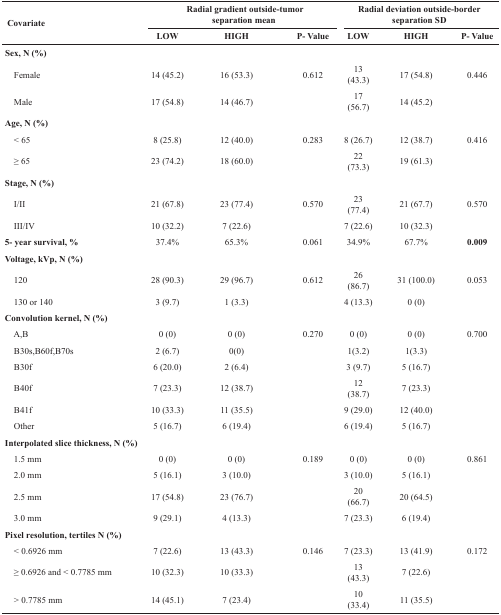
<table><thead><tr><td rowspan="2"><b>Covariate</b></td><td colspan="3"><b>Radial gradient outside-tumor separation mean</b></td><td colspan="3"><b>Radial deviation outside-border separation SD</b></td></tr><tr><td><b>LOW</b></td><td><b>HIGH</b></td><td><b>P- Value</b></td><td><b>LOW</b></td><td><b>HIGH</b></td><td><b>P- Value</b></td></tr></thead><tbody><tr><td><b>Sex, N (%)</b></td><td></td><td></td><td></td><td></td><td></td><td></td></tr><tr><td> Female</td><td>14 (45.2)</td><td>16 (53.3)</td><td>0.612</td><td>13 (43.3)</td><td>17 (54.8)</td><td>0.446</td></tr><tr><td> Male</td><td>17 (54.8)</td><td>14 (46.7)</td><td></td><td>17 (56.7)</td><td>14 (45.2)</td><td></td></tr><tr><td><b>Age, N (%)</b></td><td></td><td></td><td></td><td></td><td></td><td></td></tr><tr><td> &lt; 65</td><td>8 (25.8)</td><td>12 (40.0)</td><td>0.283</td><td>8 (26.7)</td><td>12 (38.7)</td><td>0.416</td></tr><tr><td> ≥ 65</td><td>23 (74.2)</td><td>18 (60.0)</td><td></td><td>22 (73.3)</td><td>19 (61.3)</td><td></td></tr><tr><td><b>Stage, N (%)</b></td><td></td><td></td><td></td><td></td><td></td><td></td></tr><tr><td> I/II</td><td>21 (67.8)</td><td>23 (77.4)</td><td>0.570</td><td>23 (77.4)</td><td>21 (67.7)</td><td>0.570</td></tr><tr><td> III/IV</td><td>10 (32.2)</td><td>7 (22.6)</td><td></td><td>7 (22.6)</td><td>10 (32.3)</td><td></td></tr><tr><td><b>5- year survival, %</b></td><td>37.4%</td><td>65.3%</td><td>0.061</td><td>34.9%</td><td>67.7%</td><td><b>0.009</b></td></tr><tr><td><b>Voltage, kVp, N (%)</b></td><td></td><td></td><td></td><td></td><td></td><td></td></tr><tr><td> 120</td><td>28 (90.3)</td><td>29 (96.7)</td><td>0.612</td><td>26 (86.7)</td><td>31 (100.0)</td><td>0.053</td></tr><tr><td> 130 or 140</td><td>3 (9.7)</td><td>1 (3.3)</td><td></td><td>4 (13.3)</td><td>0 (0)</td><td></td></tr><tr><td><b>Convolution kernel, N (%)</b></td><td></td><td></td><td></td><td></td><td></td><td></td></tr><tr><td> A,B</td><td>0 (0)</td><td>0 (0)</td><td>0.270</td><td>0 (0)</td><td>0 (0)</td><td>0.700</td></tr><tr><td> B30s,B60f,B70s</td><td>2 (6.7)</td><td>0(0)</td><td></td><td>1(3.2)</td><td>1(3.3)</td><td></td></tr><tr><td> B30f</td><td>6 (20.0)</td><td>2 (6.4)</td><td></td><td>3 (9.7)</td><td>5 (16.7)</td><td></td></tr><tr><td> B40f</td><td>7 (23.3)</td><td>12 (38.7)</td><td></td><td>12 (38.7)</td><td>7 (23.3)</td><td></td></tr><tr><td> B41f</td><td>10 (33.3)</td><td>11 (35.5)</td><td></td><td>9 (29.0)</td><td>12 (40.0)</td><td></td></tr><tr><td> Other</td><td>5 (16.7)</td><td>6 (19.4)</td><td></td><td>6 (19.4)</td><td>5 (16.7)</td><td></td></tr><tr><td><b>Interpolated slice thickness, N (%)</b></td><td></td><td></td><td></td><td></td><td></td><td></td></tr><tr><td> 1.5 mm</td><td>0 (0)</td><td>0 (0)</td><td>0.189</td><td>0 (0)</td><td>0 (0)</td><td>0.861</td></tr><tr><td> 2.0 mm</td><td>5 (16.1)</td><td>3 (10.0)</td><td></td><td>3 (10.0)</td><td>5 (16.1)</td><td></td></tr><tr><td> 2.5 mm</td><td>17 (54.8)</td><td>23 (76.7)</td><td></td><td>20 (66.7)</td><td>20 (64.5)</td><td></td></tr><tr><td> 3.0 mm</td><td>9 (29.1)</td><td>4 (13.3)</td><td></td><td>7 (23.3)</td><td>6 (19.4)</td><td></td></tr><tr><td><b>Pixel resolution, tertiles N (%)</b></td><td></td><td></td><td></td><td></td><td></td><td></td></tr><tr><td> &lt; 0.6926 mm</td><td>7 (22.6)</td><td>13 (43.3)</td><td>0.146</td><td>7 (23.3)</td><td>13 (41.9)</td><td>0.172</td></tr><tr><td> ≥ 0.6926 and &lt; 0.7785 mm</td><td>10 (32.3)</td><td>10 (33.3)</td><td></td><td>13 (43.3)</td><td>7 (22.6)</td><td></td></tr><tr><td> &gt; 0.7785 mm</td><td>14 (45.1)</td><td>7 (23.4)</td><td></td><td>10 (33.4)</td><td>11 (35.5)</td><td></td></tr></tbody></table>